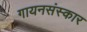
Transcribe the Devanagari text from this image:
गायनसंस्कार